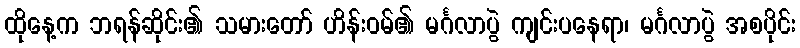
ထိုနေ့က ဘရန်ဆိုင်း၏ သမားတော် ဟိန်းဝမ်၏ မင်္ဂလာပွဲ ကျင်းပနေရာ၊ မင်္ဂလာပွဲ အစပိုင်း